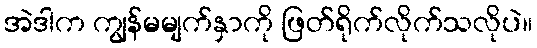
အဲဒါက ကျွန်မမျက်နှာကို ဖြတ်ရိုက်လိုက်သလိုပဲ။